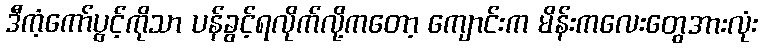
ဒီကံ့ကော်ပွင့်ကိုသာ ပန်ခွင့်ရလိုက်လို့ကတော့ ကျောင်းက မိန်းကလေးတွေအားလုံး